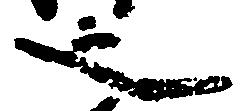
之